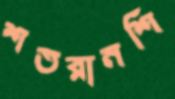
শতরানশি